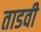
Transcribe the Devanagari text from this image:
ताडवी